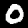
Label: 0